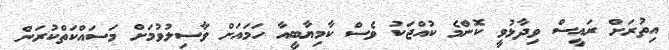
އިތުރަށް ރައީސް ވިދާޅުވީ ކޮންމެ ކުއްޖަކު ވެސް ކާމިޔާބީއާ ހަމައަށް ވާސިލުވުމަށް މަސައްކަތްކުރަން